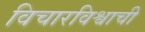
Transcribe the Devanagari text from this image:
विचारविश्वाची